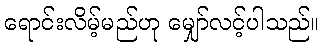
ရောင်းလိမ့်မည်ဟု မျှော်လင့်ပါသည်။